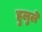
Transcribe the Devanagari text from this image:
हुलुले